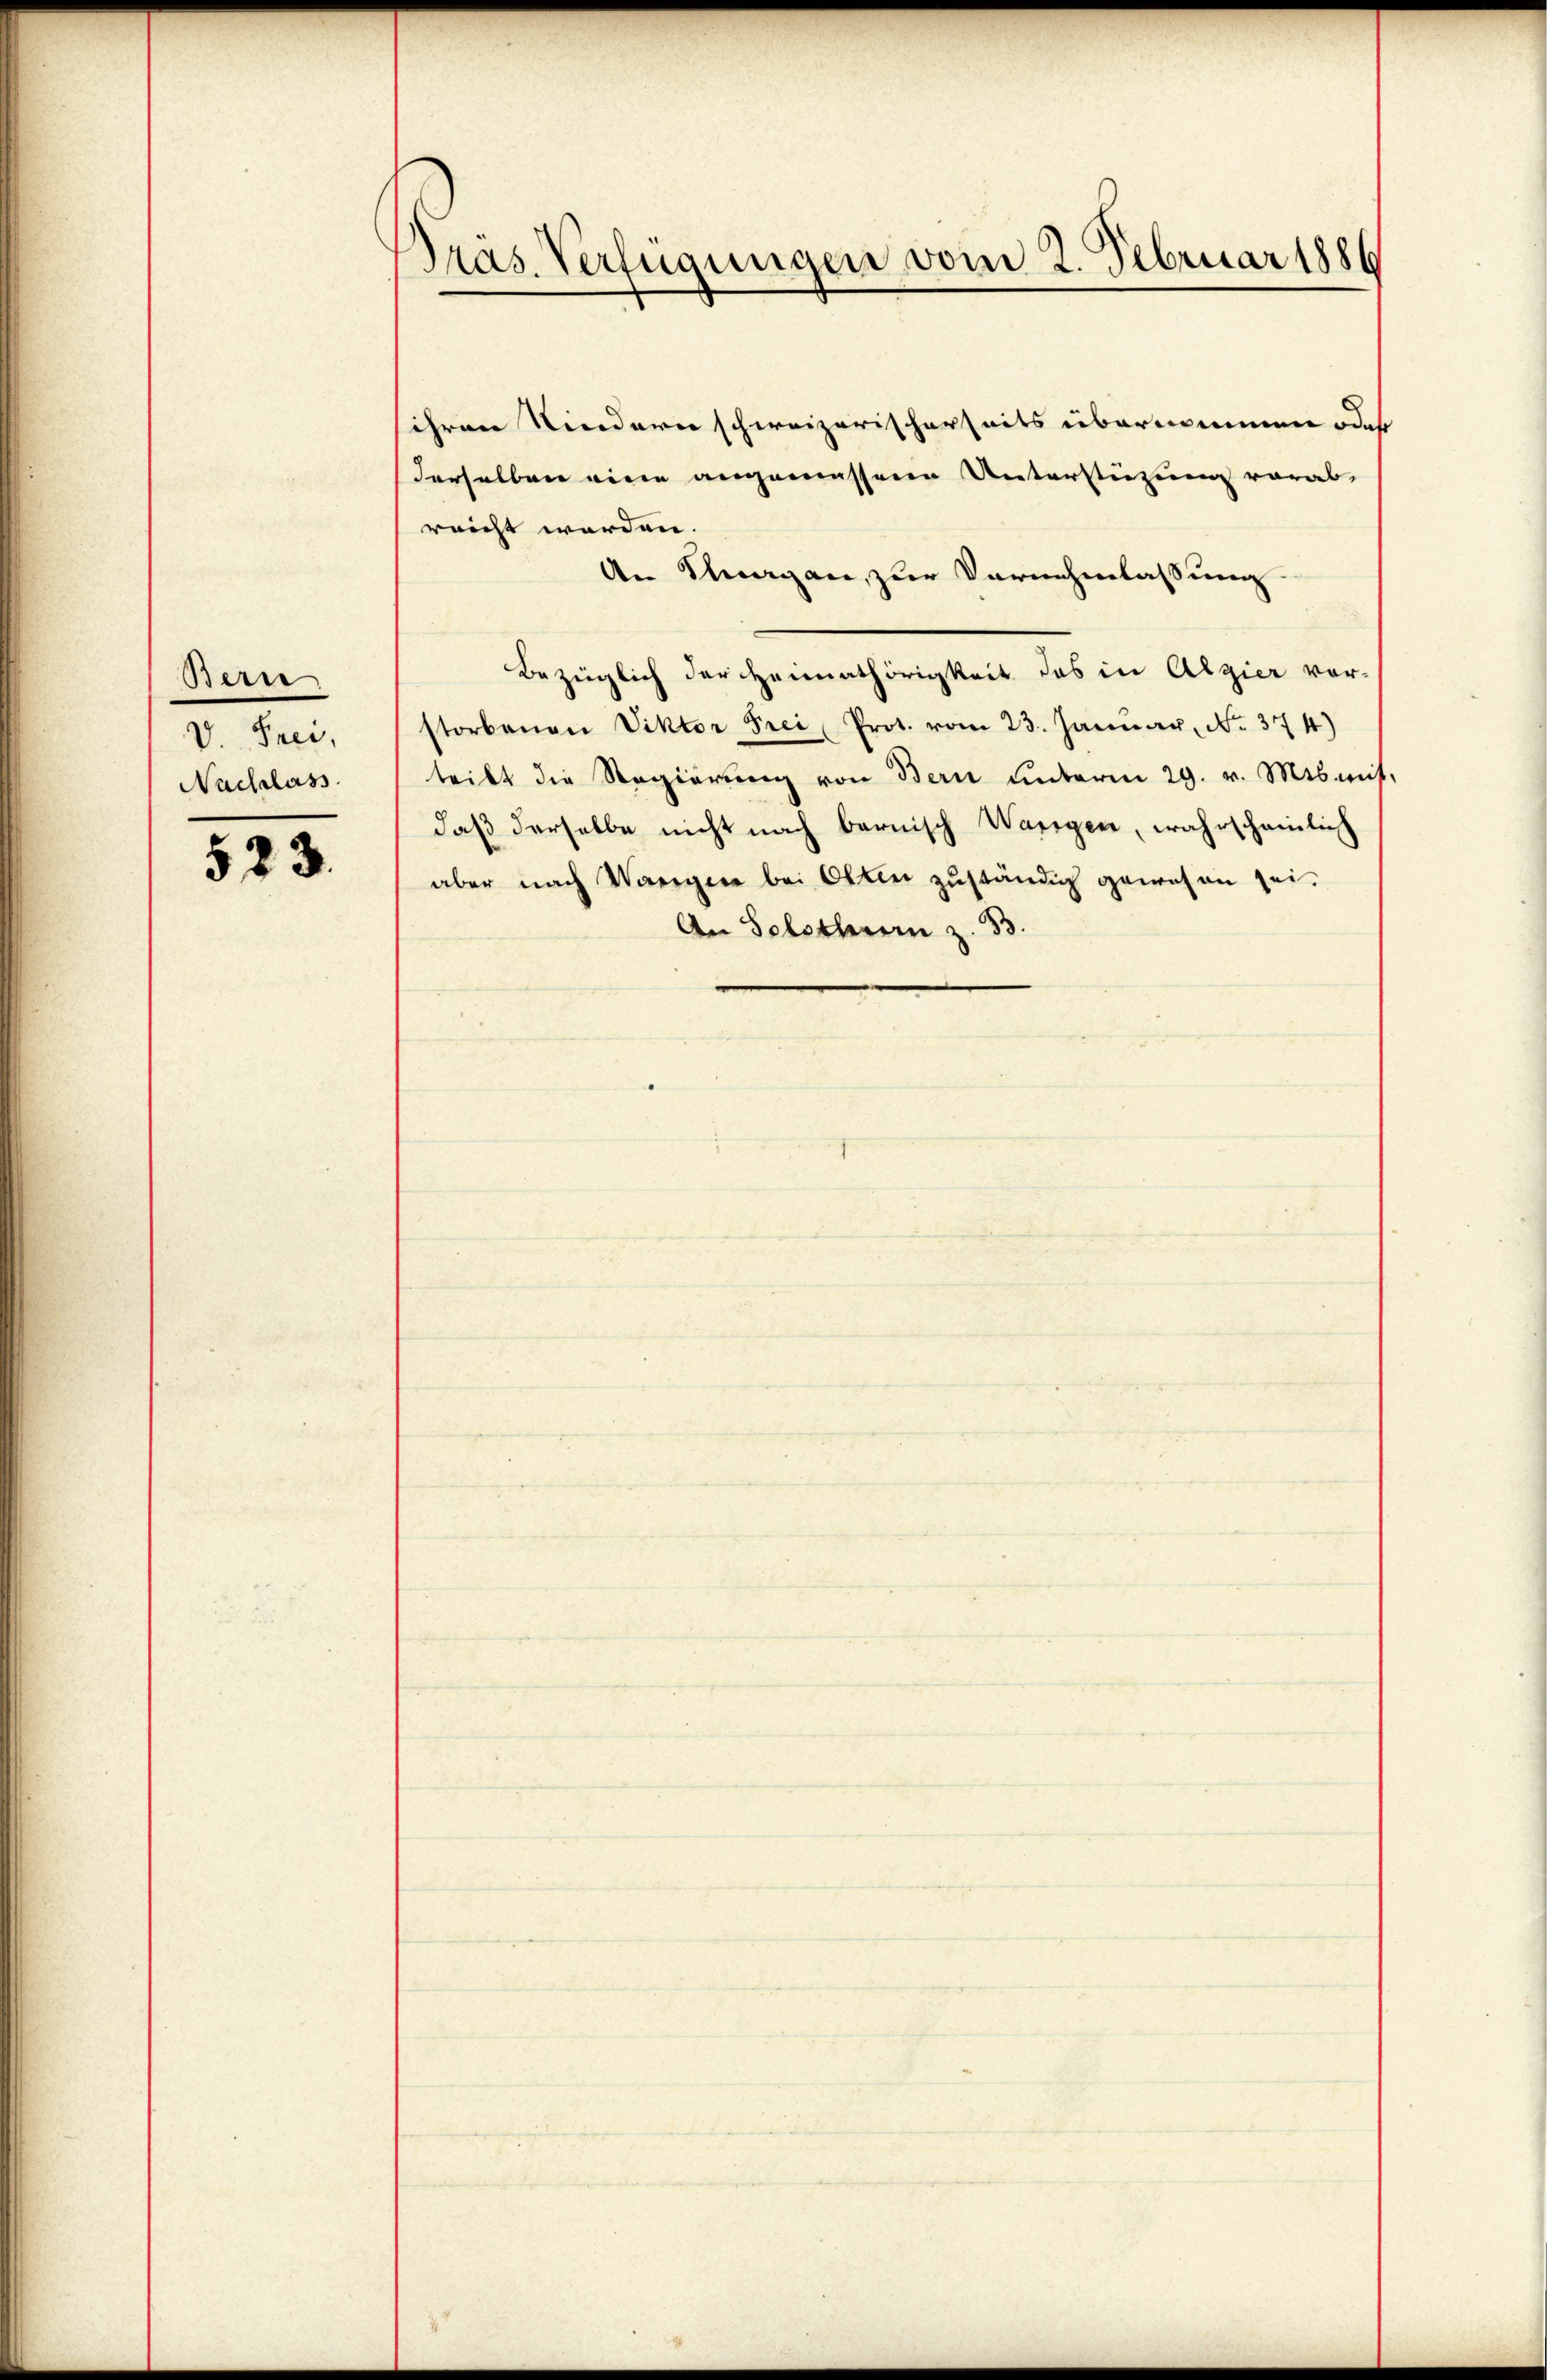
Bern
V. Frei,
Nachlass

523.

Präs. Verfügungen vom 2. Februar 1886

ihren Kindern schweizerischerseits übernommen oder
derselben eine angemessene Unterstüzung vorab-
reicht werden.
An Thurgau, zur Vornehmlassung.
Bezüglich der Heimathörigkeit das in Algier vorstorbenen Viktor Frei Prot. vom 23. Januar, No. 374)
teibt die Regierŭng von Bern ŭnterm 29. v. Mts. mit,
daß derselbe nicht nach bernisch Wangen, wahrscheinlich
aber nach Wangen bei Otten zuständig gewesen sei.
An Solothurn z. 33.